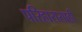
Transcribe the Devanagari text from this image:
परिहारासाठी